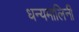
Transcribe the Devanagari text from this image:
धन्यमालिनी